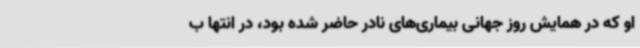
او که در همایش روز جهانی بیماری‌های نادر حاضر شده بود، در انتها ب